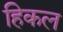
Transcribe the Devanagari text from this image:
हिकल